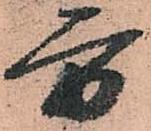
方